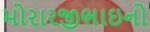
મોરારજીભાઇનો